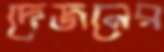
দেজনের